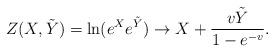
\begin{align*}Z(X,\tilde Y)=\ln( e^X e^{\tilde Y} ) \to X + {v \tilde Y\over 1-e^{-v}}.\end{align*}